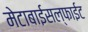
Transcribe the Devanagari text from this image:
मेटाबाईसल्फाईट